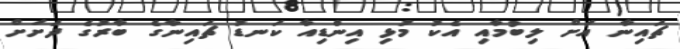
ޗައިނާ އަށް ލިބުމާއި އެކު މުޅި އިންޑިއާ ކަނޑު ޗައިނާގެ ބާރުގެ ދަށަށް